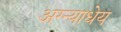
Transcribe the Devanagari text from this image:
अग्न्याधेय